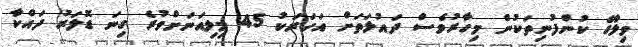
ވިލާގެ ކުންފުނިތަކުން މިހާރުވެސް ދައުލަތަށް އަހަރަކު 45 މިލިއަނަށްވުރެ ގިނަ ޑޮލަރު ދައްކާ